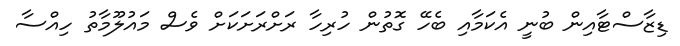
ޑިޒާސްޓާއިން ބުނީ އެކަމާއި ބެހޭ ގޮތުން ހުރިހާ ރަށްރަށަކަށް ވެސް މައުލޫމާތު ހިއްސާ